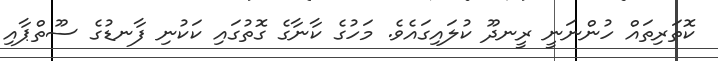
ކޮތަރިތައް ހުންނަނީ ރީނދޫ ކުލައިގައެވެ. މަހުގެ ކާނާގެ ގޮތުގައި ކަކުނި ފާނޑުގެ ސޫތްޕާއި